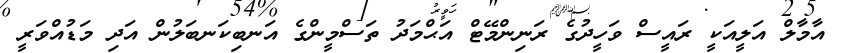
އާމާލް އަލީއަކީ ރައީސް ވަހީދުގެ ރަނިންމޭޓް އަޙްމަދު ތަސްމީންގެ އަނބިކަނބަލުން އަދި މަޑުއްވަރީ